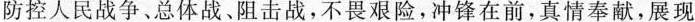
防控人民战争、总体战、阻击战，不畏艰险，冲锋在前，真情奉献，展现